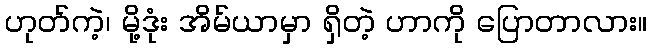
ဟုတ်ကဲ့၊ မို့ဒုံး အိမ်ယာမှာ ရှိတဲ့ ဟာကို ပြောတာလား။